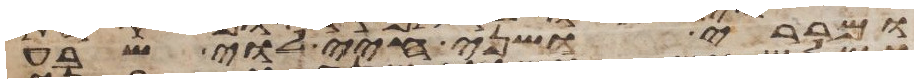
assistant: ומררי ושני חיי לוי שבע